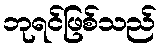
ဘုရင်ဖြစ်သည်